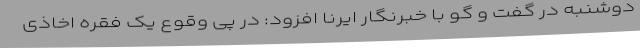
دوشنبه در گفت و گو با خبرنگار ایرنا افزود: در پی وقوع یک فقره اخاذی